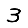
Digit: 3